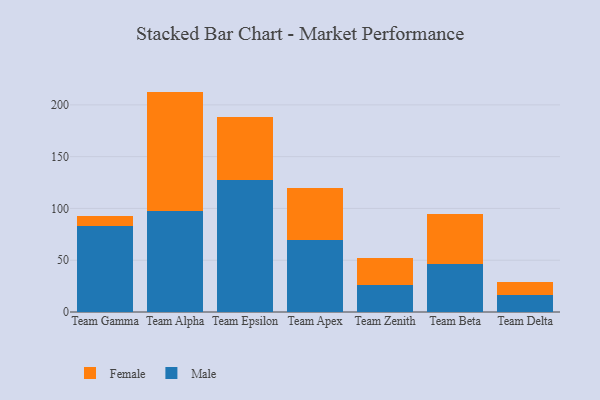
{"axis": {"x": "Team", "y": "Inventory Turnover"}, "legend": ["Female", "Male"], "data": [{"x": "Team Gamma", "y": 83.1, "type": "Male"}, {"x": "Team Gamma", "y": 9.2, "type": "Female"}, {"x": "Team Alpha", "y": 98.0, "type": "Male"}, {"x": "Team Alpha", "y": 114.8, "type": "Female"}, {"x": "Team Epsilon", "y": 127.6, "type": "Male"}, {"x": "Team Epsilon", "y": 60.2, "type": "Female"}, {"x": "Team Apex", "y": 69.2, "type": "Male"}, {"x": "Team Apex", "y": 50.3, "type": "Female"}, {"x": "Team Zenith", "y": 25.7, "type": "Male"}, {"x": "Team Zenith", "y": 26.5, "type": "Female"}, {"x": "Team Beta", "y": 46.7, "type": "Male"}, {"x": "Team Beta", "y": 47.6, "type": "Female"}, {"x": "Team Delta", "y": 16.3, "type": "Male"}, {"x": "Team Delta", "y": 13.1, "type": "Female"}]}